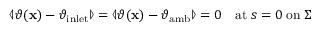
\begin{array} { r } { \llangle \vartheta ( \mathbf { x } ) - \vartheta _ { \mathrm { i n l e t } } \rrangle = \llangle \vartheta ( \mathbf { x } ) - \vartheta _ { \mathrm { a m b } } \rrangle = 0 \quad \mathrm { a t } \; s = 0 \; \mathrm { o n } \; \Sigma } \end{array}